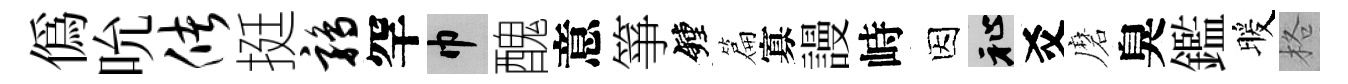
偽吮储挺鹑罕巾醜意箏鐘篇寡謾峙因祉爻磨臭鑑暖格